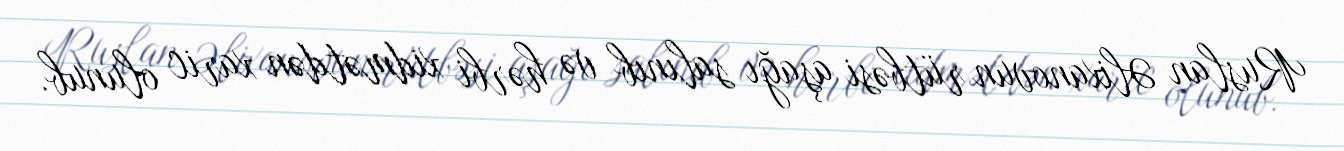
Ruslan Əlixanovun rütbəsi aşağı salınıb və hərbi xidmətdən xaric olunub.